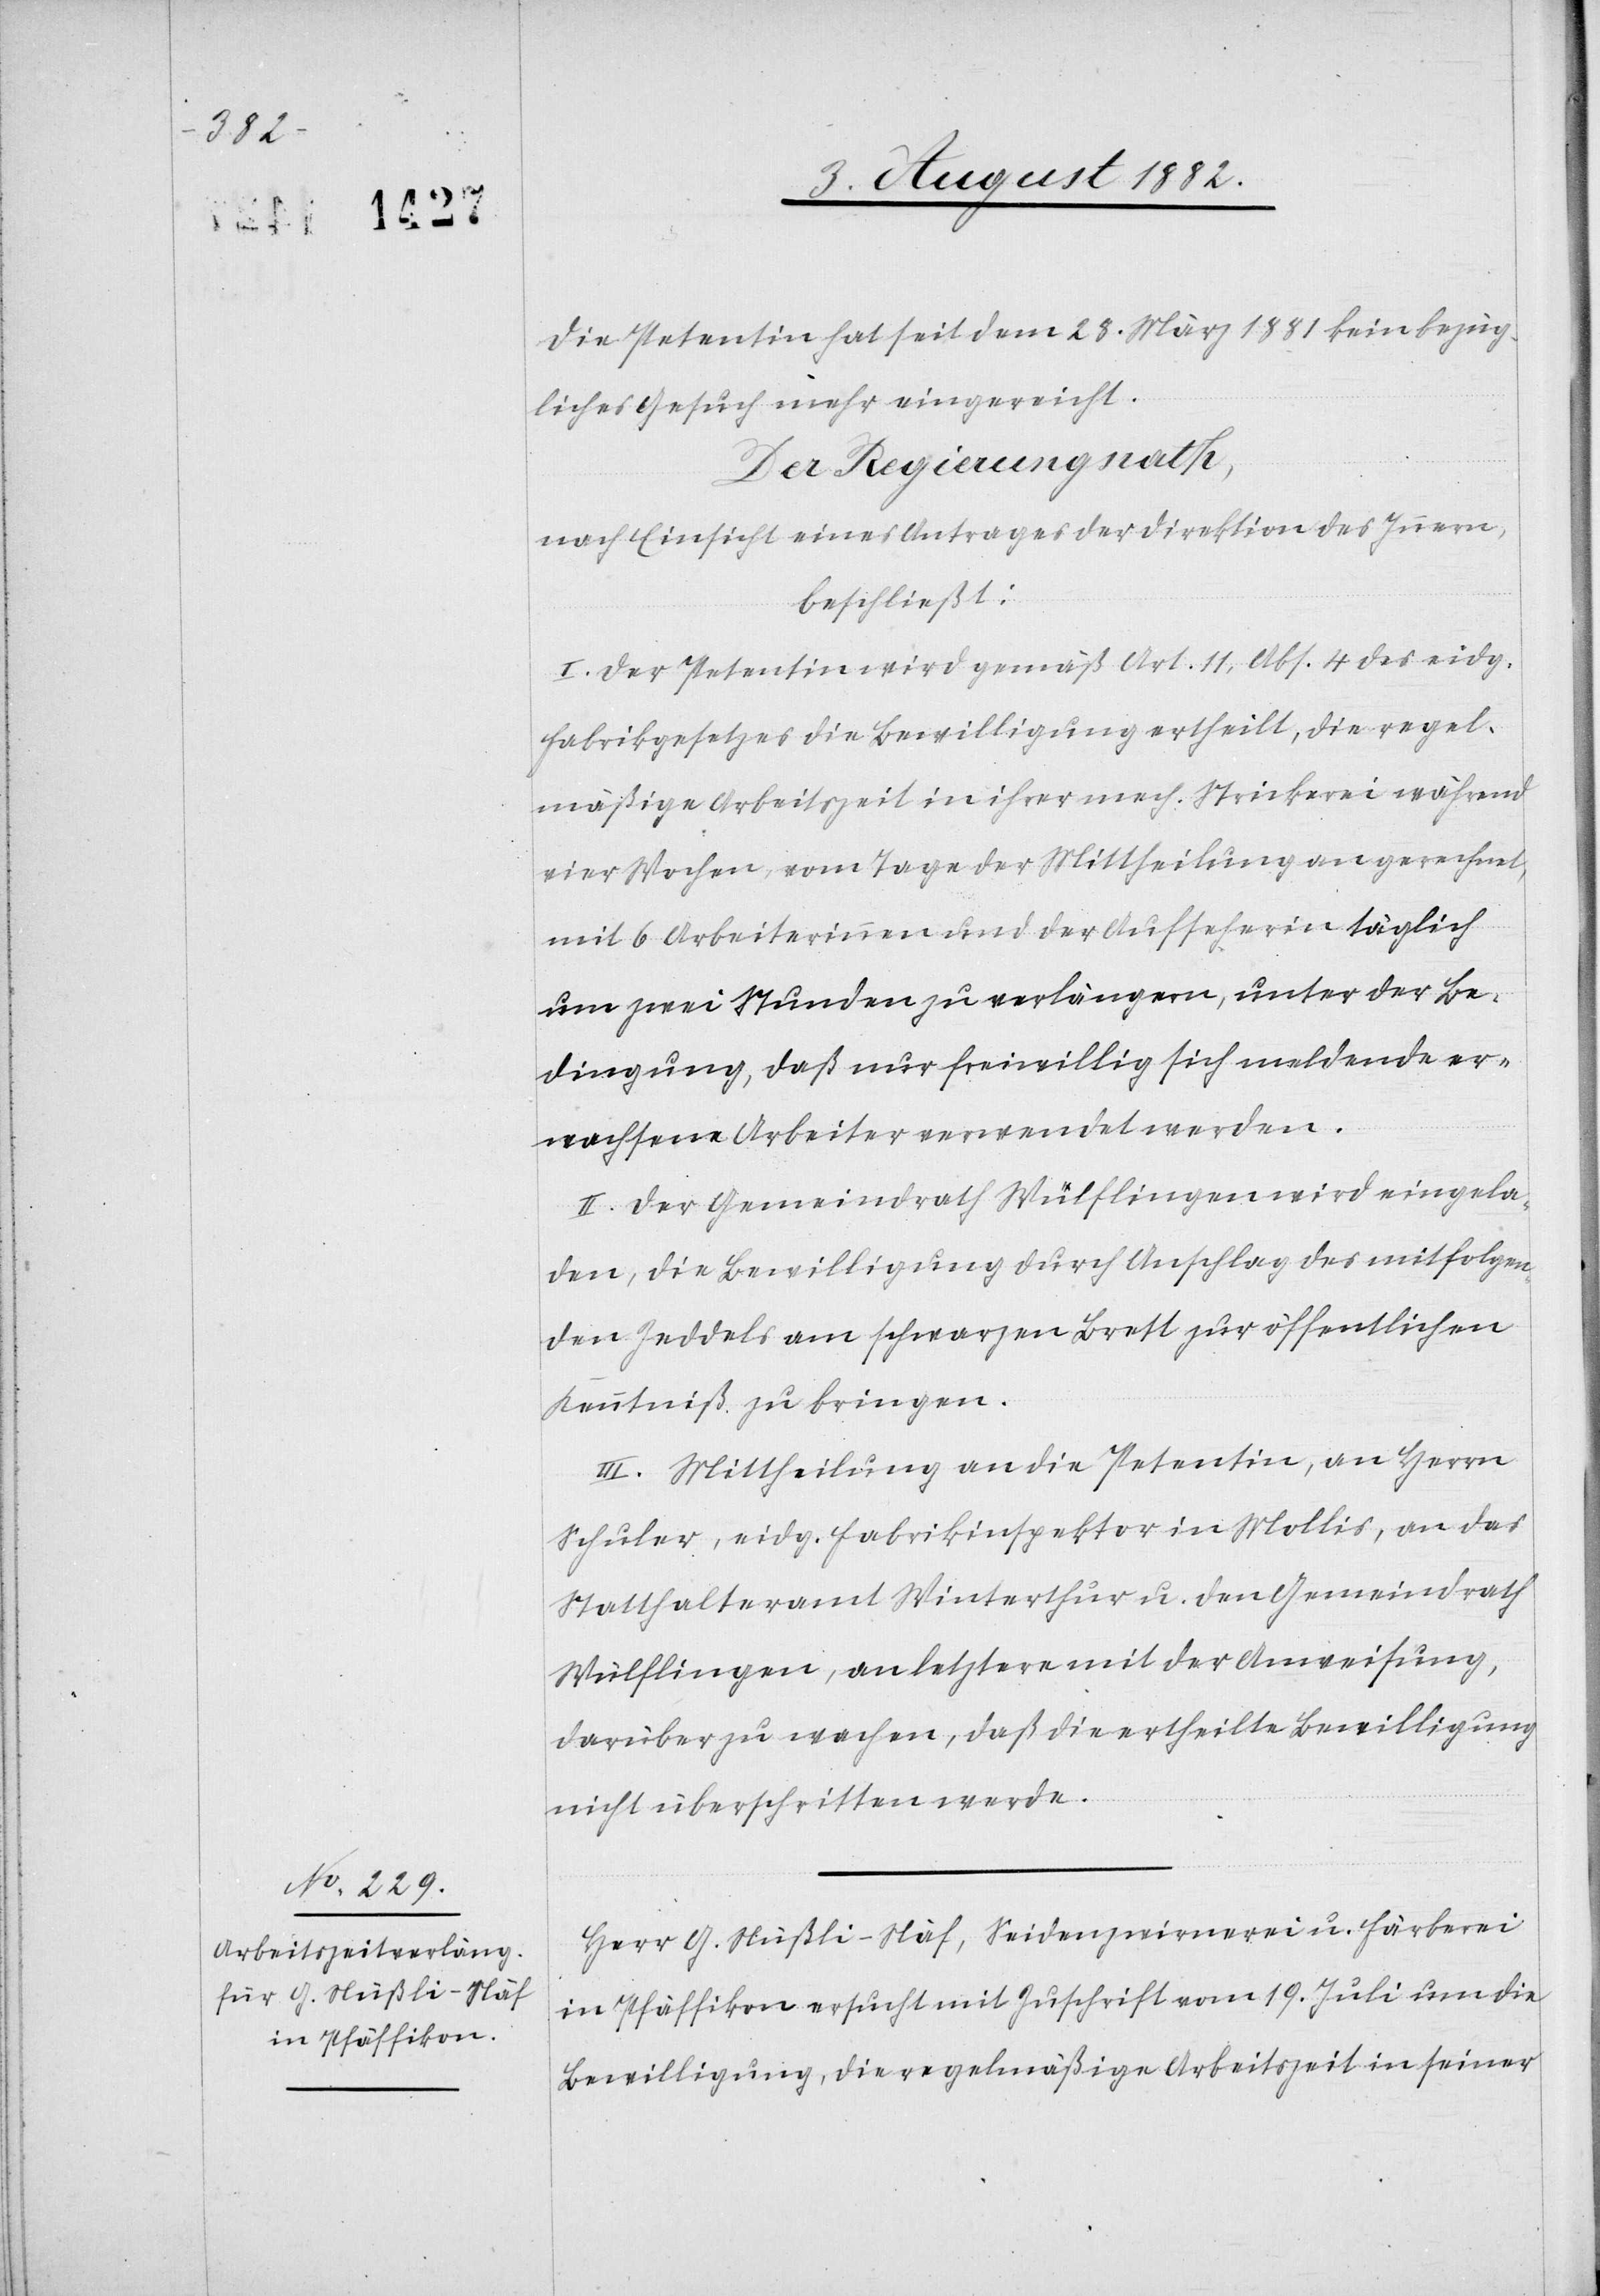
Die Petentin hat seit dem 28. März 1881 kein bezüg¬
liches Gesuch mehr eingereicht.
Der Regierungsrath,
nach Einsicht eines Antrages der Direktion des Innern,
beschließt:
I. Der Petentin wird gemäß Art. 11, Abs. 4 des eidg.
Fabrikgesetzes die Bewilligung ertheilt, die regel¬
mäßige Arbeitszeit in ihrer mech. Strickerei während
vier Wochen, vom Tage der Mittheilung an gerechnet,
mit 6 Arbeiterinnen und der Aufseherin täglich
um zwei Stunden zu verlängern, unter der Be¬
dingung, daß nur freiwillig sich meldende er¬
wachsene Arbeiter verwendet werden.
II. Der Gemeindrath Wülflingen wird eingela¬
den, die Bewilligung durch Anschlag des mitfolgen¬
den Zeddels am schwarzen Brett zur öffentlichen
Kenntniß zu bringen.
III. Mittheilung an die Petentin, an Herrn
Schuler, eidg. Fabrikinspektor in Mollis, an das
Statthalteramt Winterthur u. den Gemeindrath
Wülflingen, an letztere mit der Anweisung,
darüber zu wachen, daß die ertheilte Bewilligung
nicht überschritten werde.
Herr G. Stüßli-Näf, Seidenzwirrnerei u. Färberei
in Pfäffikon ersucht mit Zuschrift vom 19. Juli um die
Bewilligung, die regelmäßige Arbeitszeit in seiner